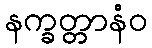
နက္ခတ္တာနံဝ